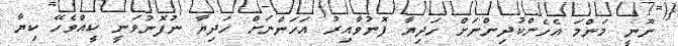
ނޫނީ މަންމަ އެހެންކުދިންނަށް ހަދިޔާ ފޮނުވާއިރު އަހަންނަށް ހަދިޔާ ނުފޮނުވަނީ ކީއްވެހޭ ކިޔާ